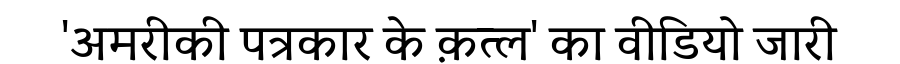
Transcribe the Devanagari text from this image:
'अमरीकी पत्रकार के क़त्ल' का वीडियो जारी